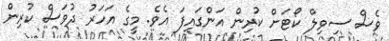
ވެސް ސިވިލް ކޯޓަށް ކުރިން އަންގައިފަ އެވެ. މީގެ އަހަރު ދުވަސް ކުރިން